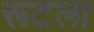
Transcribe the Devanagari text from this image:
रूटला